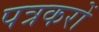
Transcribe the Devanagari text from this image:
पत्रकरों